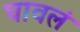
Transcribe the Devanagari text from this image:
घावलं